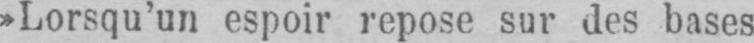
»Lorsqu’un espoir repose sur des bases